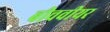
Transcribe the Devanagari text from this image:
बीचवीयर